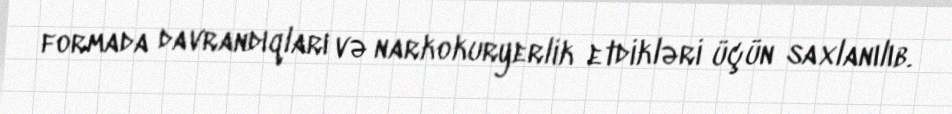
formada davrandıqları və narkokuryerlik etdikləri üçün saxlanılıb.